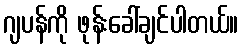
ဂျပန်ကို ဖုန်းခေါ်ချင်ပါတယ်။